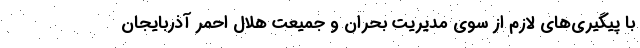
با پیگیری‌های لازم از سوی مدیریت بحران و جمیعت هلال احمر آذربایجان